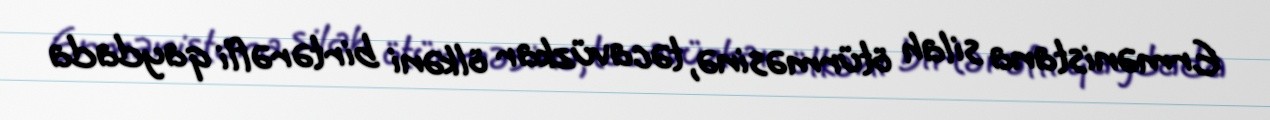
Ermənistana silah ötürməsinə, təcavüzkar ölkəni birtərəfli qaydada